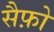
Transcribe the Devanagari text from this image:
सैफ़ो